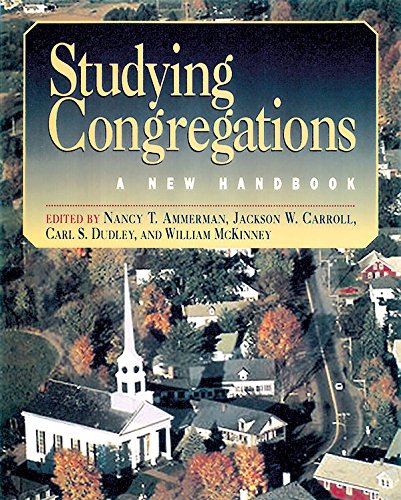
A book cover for Studying Congregations: A New Handbook; Christian Books & Bibles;